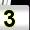
Digit: 3